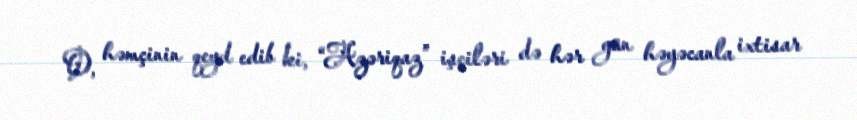
O, həmçinin qeyd edib ki, “Azəriqaz” işçiləri də hər gün həyəcanla ixtisar